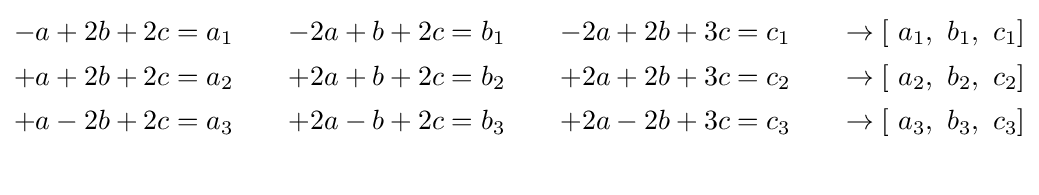
{\begin{aligned}&{\begin{matrix}-a+2b+2c=a_{1}\quad &-2a+b+2c=b_{1}\quad &-2a+2b+3c=c_{1}&\quad \to \left[{\text{ }}a_{1},{\text{ }}b_{1},{\text{ }}c_{1}\right]\\\end{matrix}}\\&{\begin{matrix}+a+2b+2c={{a}_{2}}\quad &+2a+b+2c={{b}_{2}}\quad &+2a+2b+3c={{c}_{2}}&\quad \to \left[{\text{ }}{{a}_{2}},{\text{ }}{{b}_{2}},{\text{ }}{{c}_{2}}\right]\\\end{matrix}}\\&{\begin{matrix}+a-2b+2c={{a}_{3}}\quad &+2a-b+2c={{b}_{3}}\quad &+2a-2b+3c={{c}_{3}}&\quad \to \left[{\text{ }}{{a}_{3}},{\text{ }}{{b}_{3}},{\text{ }}{{c}_{3}}\right]\\\end{matrix}}\\&\end{aligned}}